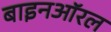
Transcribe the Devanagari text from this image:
बाइनऑरल